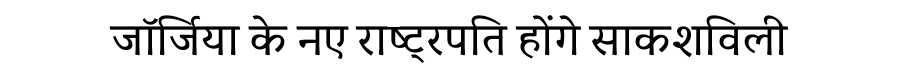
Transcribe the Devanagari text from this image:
जॉर्जिया के नए राष्ट्रपति होंगे साकशविली